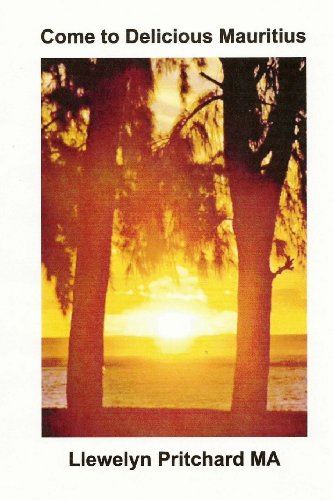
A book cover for Come to Delicious Mauritius: Relax and unwind (Photo Albums) (Bengali Edition); Llewelyn Pritchard MA; Travel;